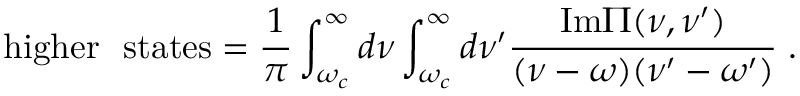
\mathrm { h i g h e r ~ ~ s t a t e s } = \frac { 1 } { \pi } \int _ { \omega _ { c } } ^ { \infty } d \nu \int _ { \omega _ { c } } ^ { \infty } d \nu ^ { \prime } \frac { \mathrm { I m } \Pi ( \nu , \nu ^ { \prime } ) } { ( \nu - \omega ) ( \nu ^ { \prime } - \omega ^ { \prime } ) } \; .